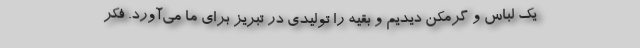
یک لباس و گرمکن دیدیم و بقیه را تولیدی در تبریز برای ما می‌آورد. فکر